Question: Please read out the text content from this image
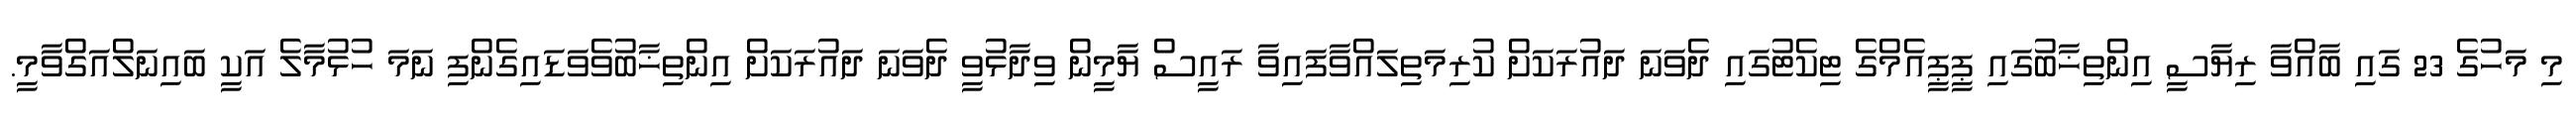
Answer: މި މަހުގެ 23 ގައި ބާއްވާ ރިޔާސީ އިންތިޚާބުގައި ޕީޕީއެމްގެ ޓިކެޓުގައި ދެވަނަ ދައުރަކަށް ކުރިމަތިލައްވާފައިވާ ރައީސް ޔާމީން ވިދާޅުވީ ދެވަނަ ދައުރަކަށް އިންތިޚާބުވެވަޑައިގެންފި ނަމަ ހުޅުމާލެ އަކީ ބައިނަލްއަގްވާމީ.